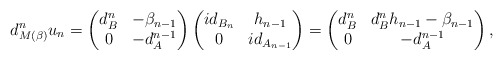
\begin{align*} d^{n}_{M(\beta)}u_n=\begin{pmatrix} d^{n}_B & -\beta_{n-1}\\ 0 & -d^{n-1}_{A} \\ \end{pmatrix}\begin{pmatrix} id_{B_n} & h_{n-1}\\ 0 & id_{A_{n-1}}\end{pmatrix}=\begin{pmatrix}d^{n}_B & d^{n}_{B}h_{n-1}-\beta_{n-1}\\0 & -d^{n-1}_{A} \\\end{pmatrix}, \end{align*}